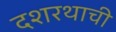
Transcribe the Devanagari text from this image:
दशरथाची